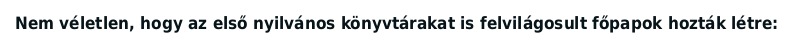
Nem véletlen, hogy az első nyilvános könyvtárakat is felvilágosult főpapok hozták létre: